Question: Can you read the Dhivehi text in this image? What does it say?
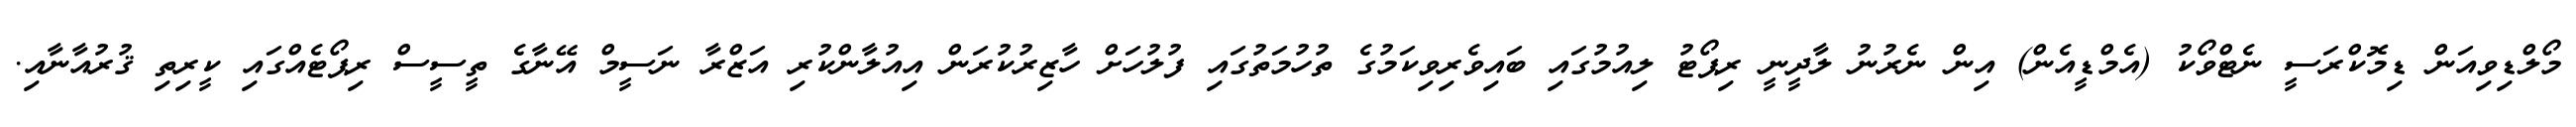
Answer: މޯލްޑިވިއަން ޑިމޮކްރަސީ ނެޓްވޯކު (އެމްޑީއެން) އިން ނެރުނު ލާދީނީ ރިޕޯޓު ލިއުމުގައި ބައިވެރިވިކަމުގެ ތުހުމަތުގައި ފުލުހަށް ހާޒިރުކުރަން އިއުލާންކުރި އަޒްރާ ނަސީމް އޭނާގެ ތީސީސް ރިޕޯޓެއްގައި ކީރިތި ޤުރުއާނާއި.